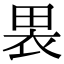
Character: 𫞫